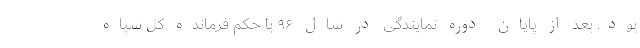
بود. بعد از پایان دوره نمایندگی در سال ۹۶ با حکم فرمانده کل سپاه